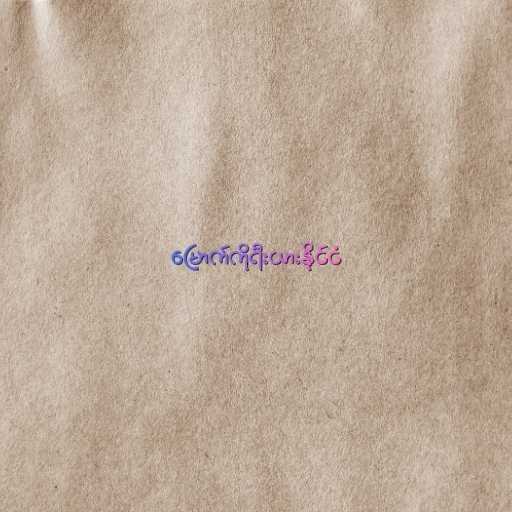
မြောက်ကိုရီးယားနိုင်ငံ